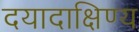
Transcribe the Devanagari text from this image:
दयादाक्षिण्य